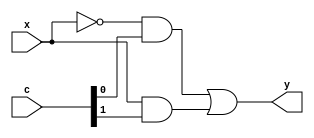
`timescale 1ns / 1ps
//////////////////////////////////////////////////////////////////////////////////
// Company: 
// Engineer: 
// 
// Design Name: 
// Module Name: max2
// Project Name: 
// Target Devices: 
// Tool Versions: 
// Description: 
// 
// Dependencies: 
// 
// Revision:
// Revision 0.01 - File Created
// Additional Comments:
// 
//////////////////////////////////////////////////////////////////////////////////


module mux2(
    input [1:0] c,
    input x,
    output y
    );
    
    assign y = (~x & c[0]) | (x & c[1]);
endmodule